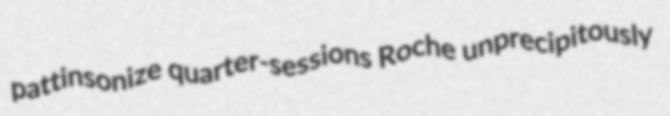
pattinsonize quarter-sessions Roche unprecipitously